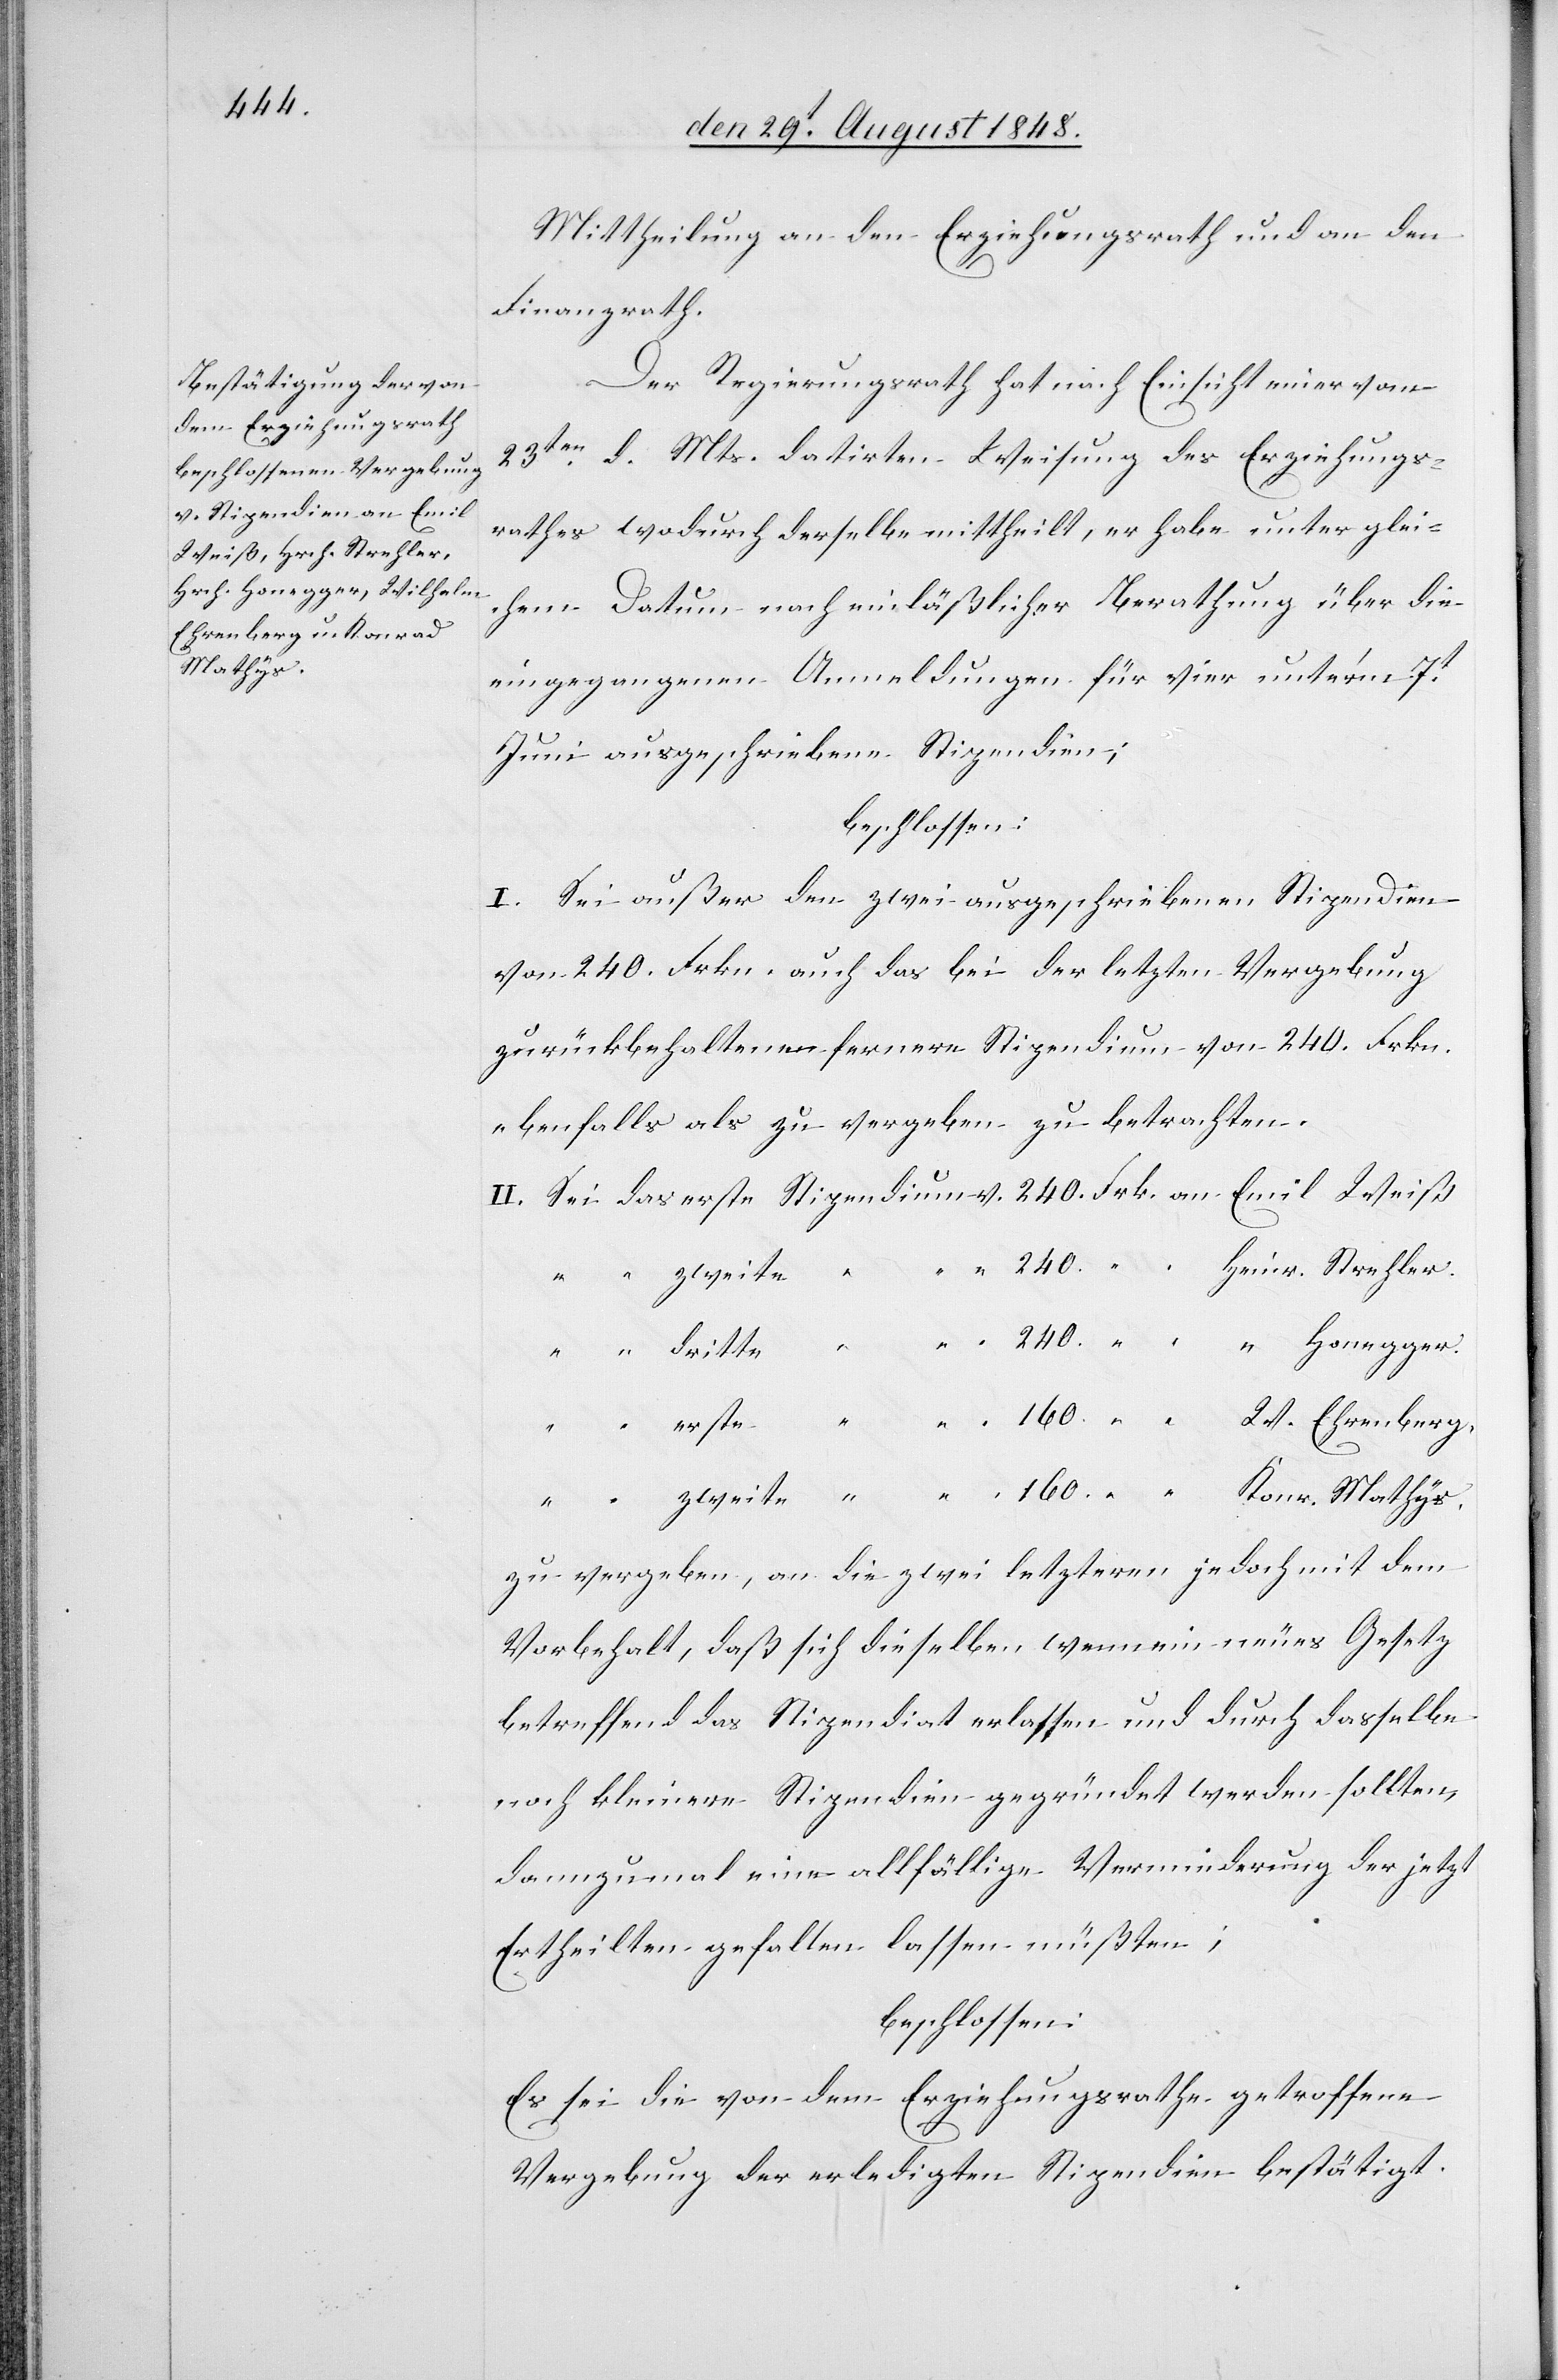
Mathys.

Mittheilung an den Erziehungsrath und an den
Finanzrath.
Der Regierungsrath hat nach Einsicht einer vom
23ten d. Mts. datirten Weisung des Erziehungs¬
rathes wodurch derselbe mittheilt, er habe unter glei¬
chem Datum nach einläßlicher Berathung über die
eingegangenen Anmeldungen für vier unter’m 7t
Juni ausgeschriebene Stipendien;
beschlossen:
I. Sei außer den zwei ausgeschriebenen Stipendien
von 240. Fkrn. auch das bei der letzten Vergebung
zurückbehaltene fernere Stipendium von 240. Frkn.
ebenfalls als zu vergeben zu betrachten.
Konr.
Heinr. Strehler.
zu vergeben, an die zwei letztern jedoch mit dem
Vorbehalt, daß sich dieselben, wenn ein neues Gesetz
betreffend das Stipendiat erlassen und durch dasselbe
noch kleinere Stipendien gegründet werden sollten,
dannzumal eine allfällige Verminderung der jetzt
Ertheilten gefallen lassen müßten;
beschlossen:
Es sei die von dem Erziehungsrathe getroffene
Vergebung der erledigten Stipendien besättigt.